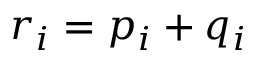
r _ { i } = p _ { i } + q _ { i }